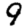
Digit: 9